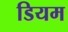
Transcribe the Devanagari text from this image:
डियम